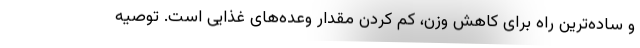
و ساده‌ترین راه برای کاهش وزن، کم کردن مقدار وعده‌های غذایی است. توصیه